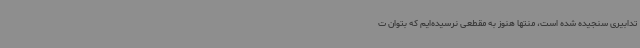
تدابیری سنجیده شده است، منتها هنوز به مقطعی نرسیده‌ایم که بتوان ت